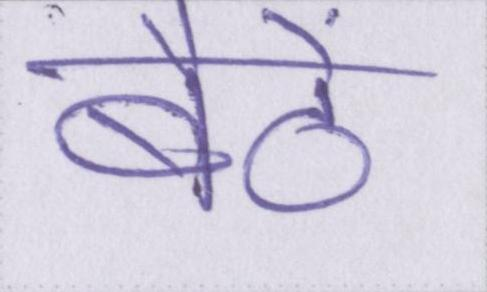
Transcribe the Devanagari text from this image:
बैठें